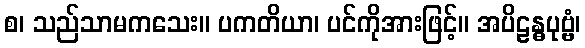
စ၊ သည်သာမကသေး။ ပကတိယာ၊ ပင်ကိုအားဖြင့်။ အပိဠန္ဓပုဗ္ဗံ၊